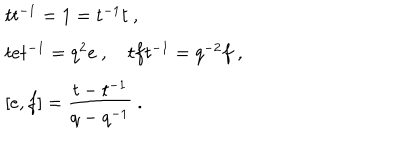
\begin{array} { r c l } { { } } & { { } } & { { t t ^ { - 1 } = 1 = t ^ { - 1 } t ~ , } } \\ { { } } & { { } } & { { t e t ^ { - 1 } = q ^ { 2 } e ~ , ~ t f t ^ { - 1 } = q ^ { - 2 } f ~ , } } \\ { { } } & { { } } & { { [ e , f ] = \displaystyle \frac { t - t ^ { - 1 } } { q - q ^ { - 1 } } ~ . } } \\ \end{array}